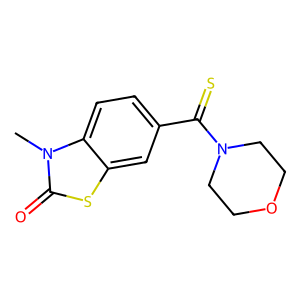
SMILES: Cn1c(=O)sc2cc(C(=S)N3CCOCC3)ccc21
Inhibits HIV replication: No